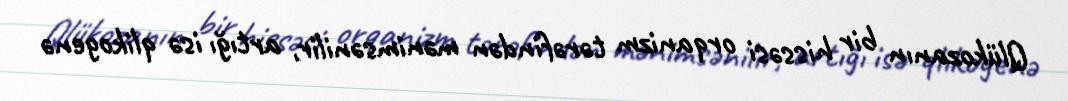
Qlükozanın bir hissəsi orqanizm tərəfindən mənimsənilir, artığı isə qlikogenə